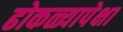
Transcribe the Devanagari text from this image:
ढोकळ्यापेक्षा